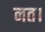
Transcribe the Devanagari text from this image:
नत।